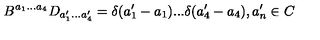
B ^ { a _ { 1 } . . . a _ { 4 } } D _ { a _ { 1 } ^ { \prime } . . . a _ { 4 } ^ { \prime } } = \delta ( a _ { 1 } ^ { \prime } - a _ { 1 } ) . . . \delta ( a _ { 4 } ^ { \prime } - a _ { 4 } ) , a _ { n } ^ { \prime } \in C